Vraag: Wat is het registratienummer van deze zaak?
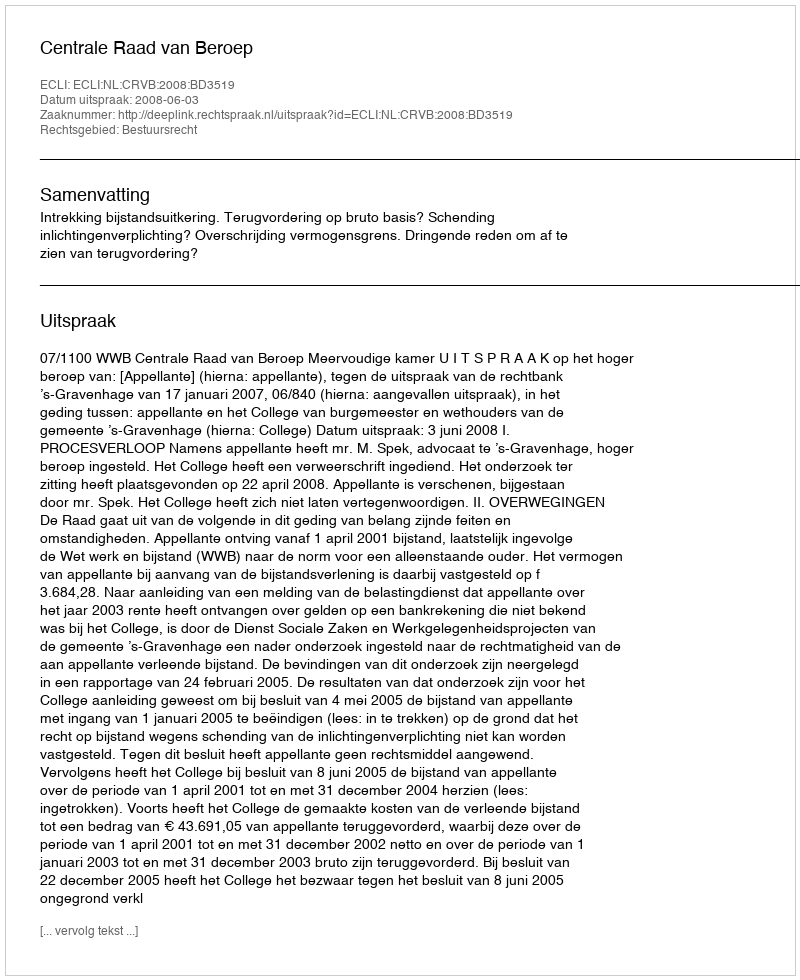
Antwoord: http://deeplink.rechtspraak.nl/uitspraak?id=ECLI:NL:CRVB:2008:BD3519